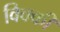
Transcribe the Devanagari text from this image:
विक्‍की